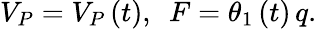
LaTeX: V_{P}=V_{P}\left(t\right),\, \, \, F=\theta_{1}\left(t\right)\, q.